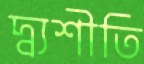
দ্ব্যশীতি